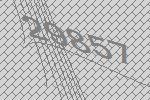
29857